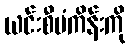
ယင်းစီမံကိန်းကို